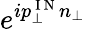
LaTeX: e^{ip_{\perp}^{\mathrm{~I~N~}}n_{\perp}}